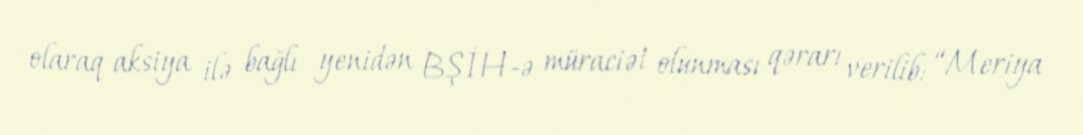
olaraq aksiya ilə bağlı yenidən BŞİH-ə müraciət olunması qərarı verilib: “Meriya